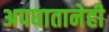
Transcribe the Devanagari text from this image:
अपघातानेही